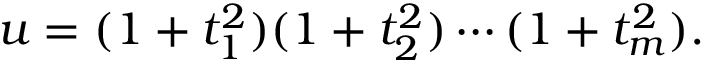
u = ( 1 + t _ { 1 } ^ { 2 } ) ( 1 + t _ { 2 } ^ { 2 } ) \cdots ( 1 + t _ { m } ^ { 2 } ) .